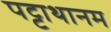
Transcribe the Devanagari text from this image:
पट्टाथानम